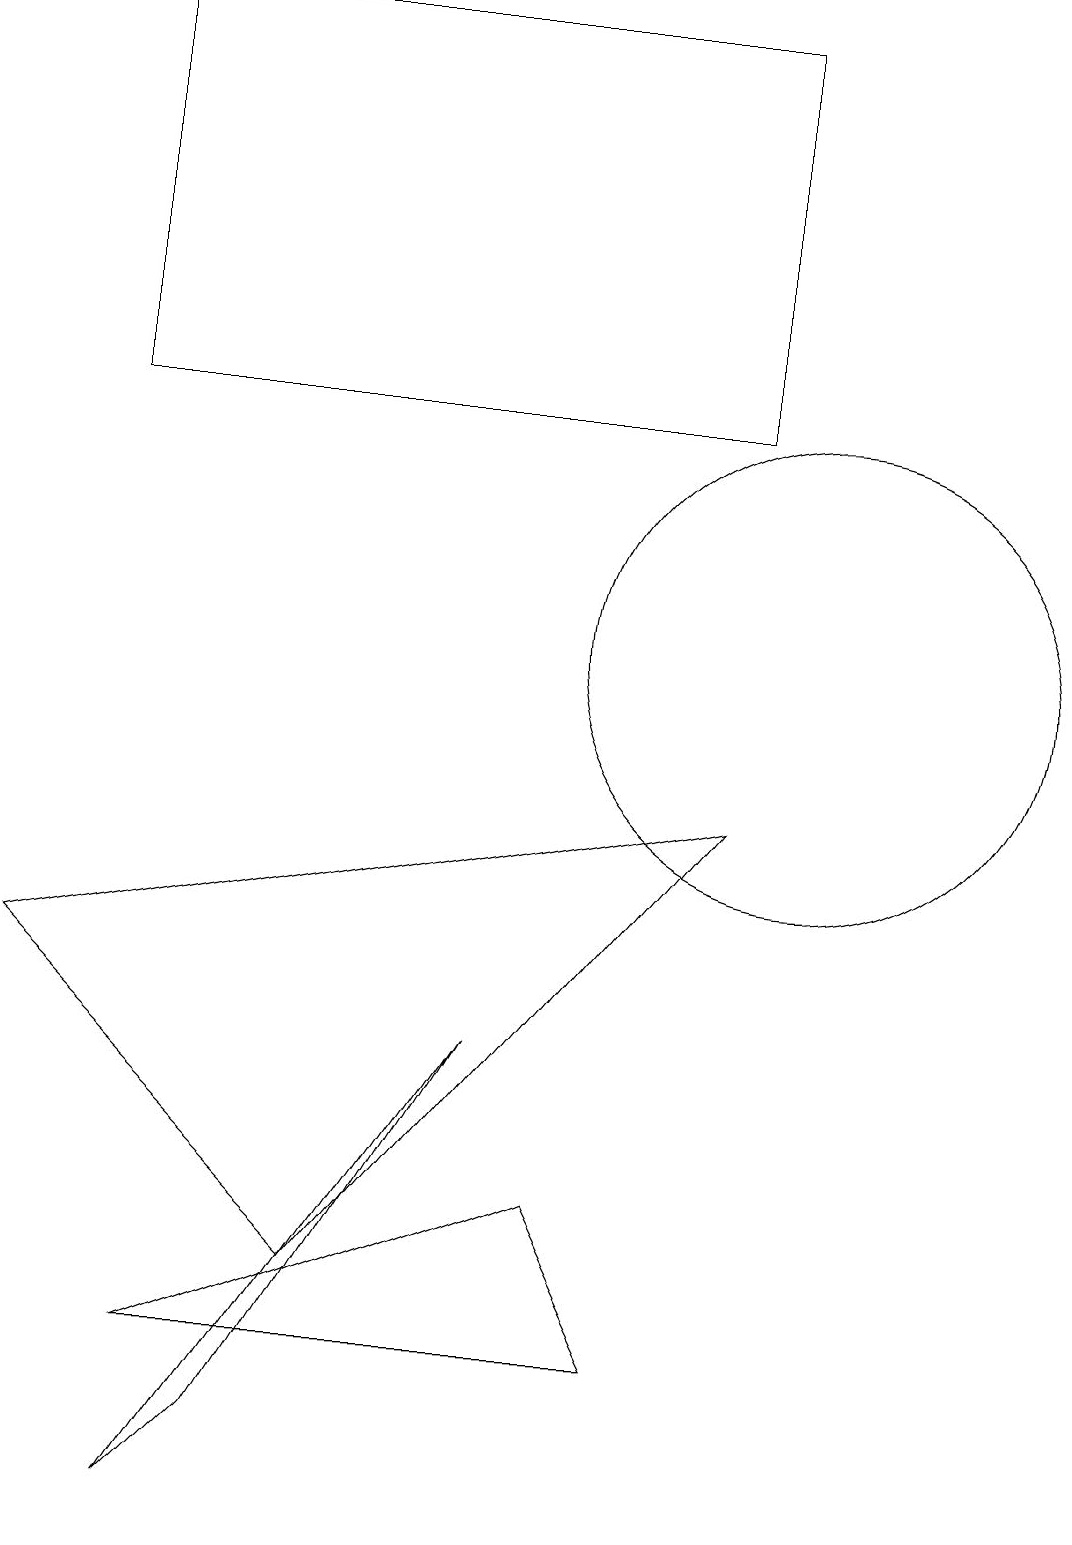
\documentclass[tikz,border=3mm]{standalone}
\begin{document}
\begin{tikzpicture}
\draw (0,7) -- (9,9) -- (4,3) -- cycle;
\draw (1,19) rectangle (9,14);
\draw (2,2) -- (7,4) -- (8,2) -- cycle;
\draw (3,1) -- (6,6) -- (2,0) -- cycle;
\draw (10,11) circle (3);
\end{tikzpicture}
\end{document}